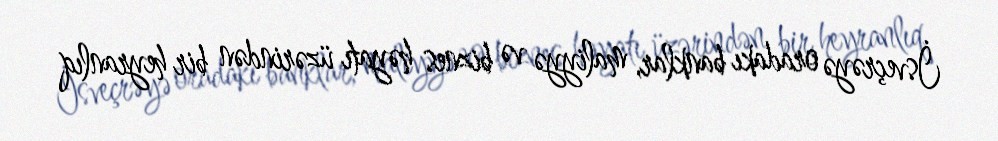
İsveçrəyə oradakı banklar, maliyyə və biznes həyatı üzərindən bir heyranlıq